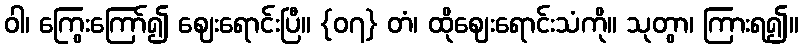
ဝါ၊ ကြွေးကြော်၍ ဈေးရောင်းပြီ။ {၀၇} တံ၊ ထိုဈေးရောင်းသံကို။ သုတွာ၊ ကြားရ၍။